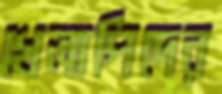
খেলাপিদের